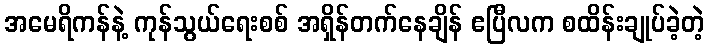
အမေရိကန်နဲ့ ကုန်သွယ်ရေးစစ် အရှိန်တက်နေချိန် ဧပြီလက စထိန်းချုပ်ခဲ့တဲ့